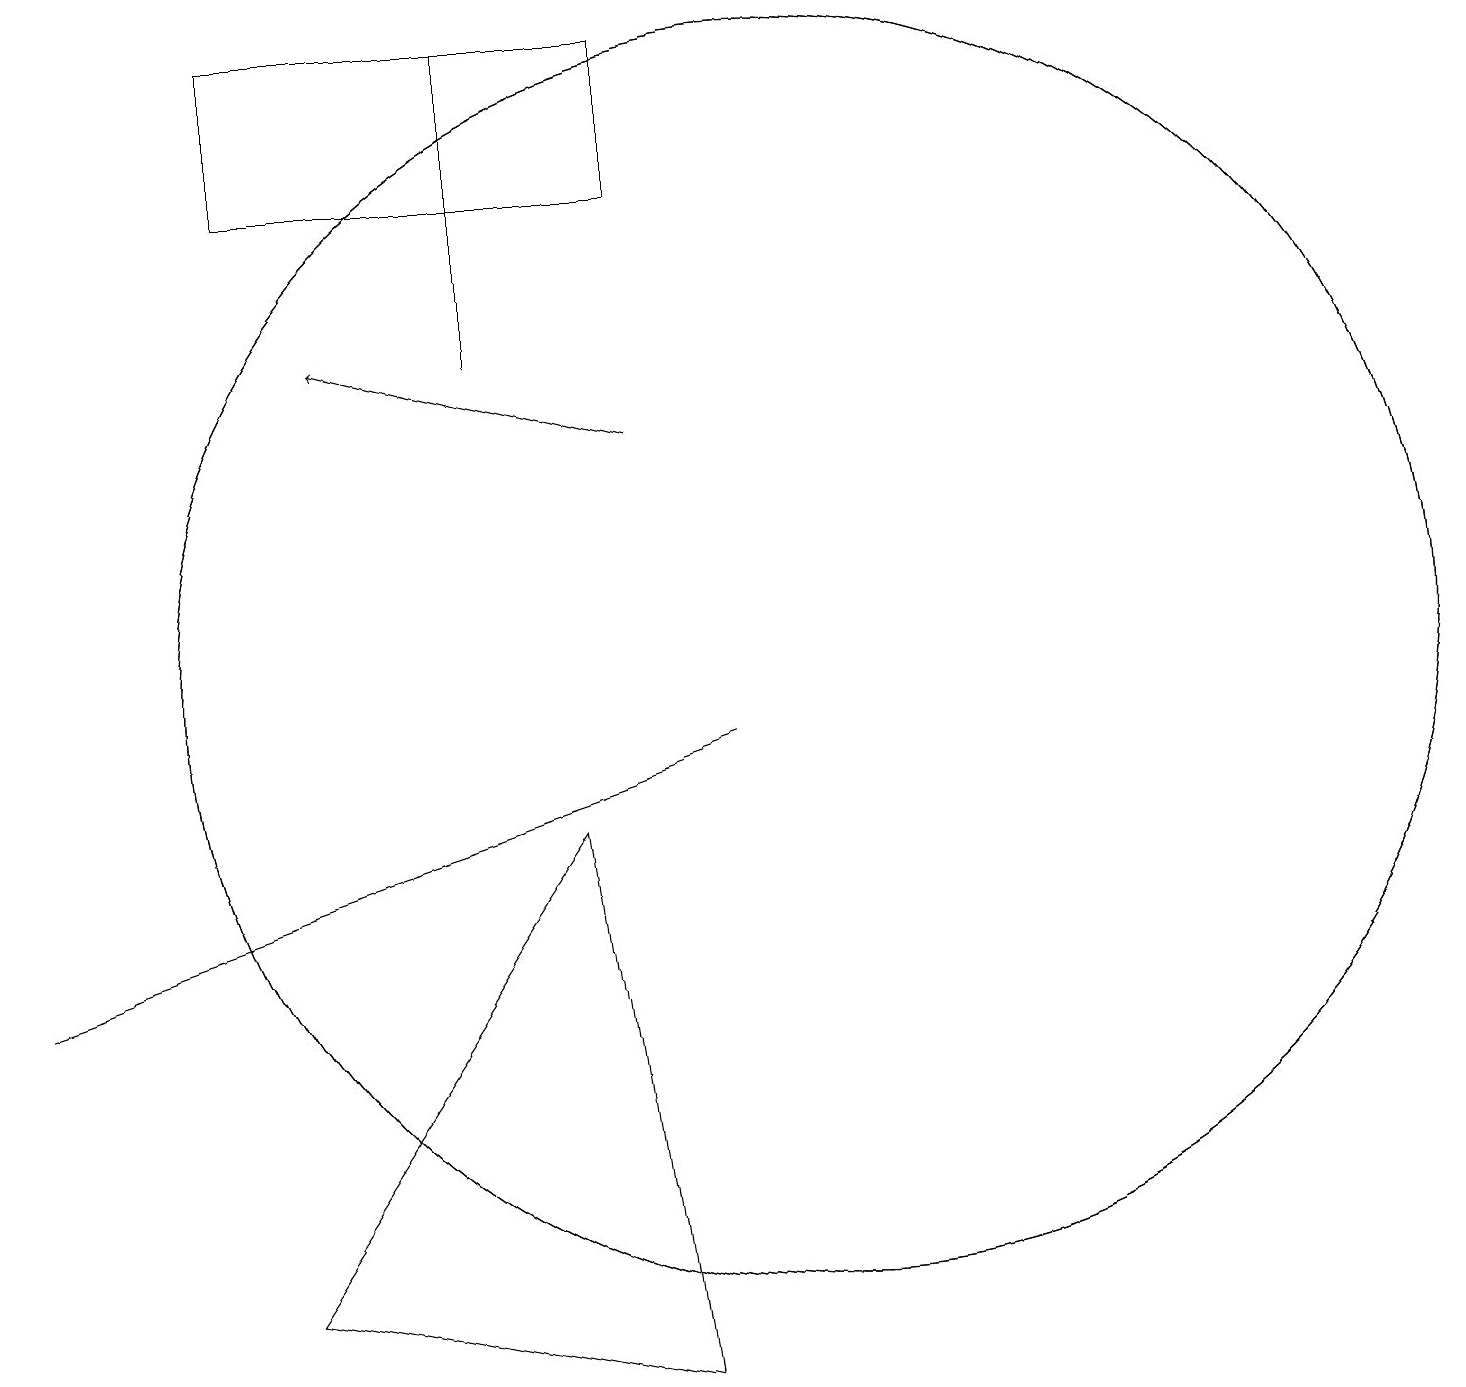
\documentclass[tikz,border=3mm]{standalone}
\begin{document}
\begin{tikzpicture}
\draw (10,10) circle (8);
\draw (10,10) circle (8);
\draw (9,9) -- (6,8) -- (0,6) -- cycle;
\draw (7,8) -- (3,2) -- (8,1) -- cycle;
\draw (3,18) rectangle (8,16);
\draw[->] (8,13) -- (4,14);
\draw (6,18) rectangle (6,14);
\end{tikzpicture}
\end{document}